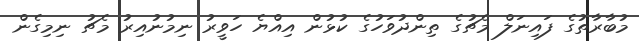
މުބާރާތުގެ ފައިނަލް މެޗުގެ ތިންދުވަހުގެ ކުޅުން އިއްޔެ ހަވީރު ނިމުނުއިރު މެޗު ނިމިގެން